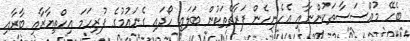
ބެހޭ މުއްސަސާތަކުންނާއި އެހެނިހެން ފަރާތްތަކުން ބަލައި ހޯދައި ގެނައުމުގެ ފުރިހަމަ އިހްތިޔާރާއި ބާރާއި